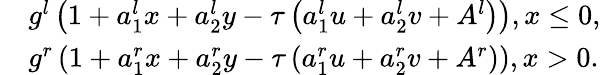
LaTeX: \begin{array}{rl}&{{{g}^{l}}\left(1+a_{1}^{l}x+a_{2}^{l}y-\tau\left(a_{1}^{l}u+a_{2}^{l}v+{{A}^{l}}\right)\right),x\le 0,}\\ &{{{g}^{r}}\left(1+a_{1}^{r}x+a_{2}^{r}y-\tau\left(a_{1}^{r}u+a_{2}^{r}v+{{A}^{r}}\right)\right),x>0.}\end{array}